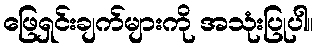
ဖြေရှင်းချက်များကို အသုံးပြုပါ။